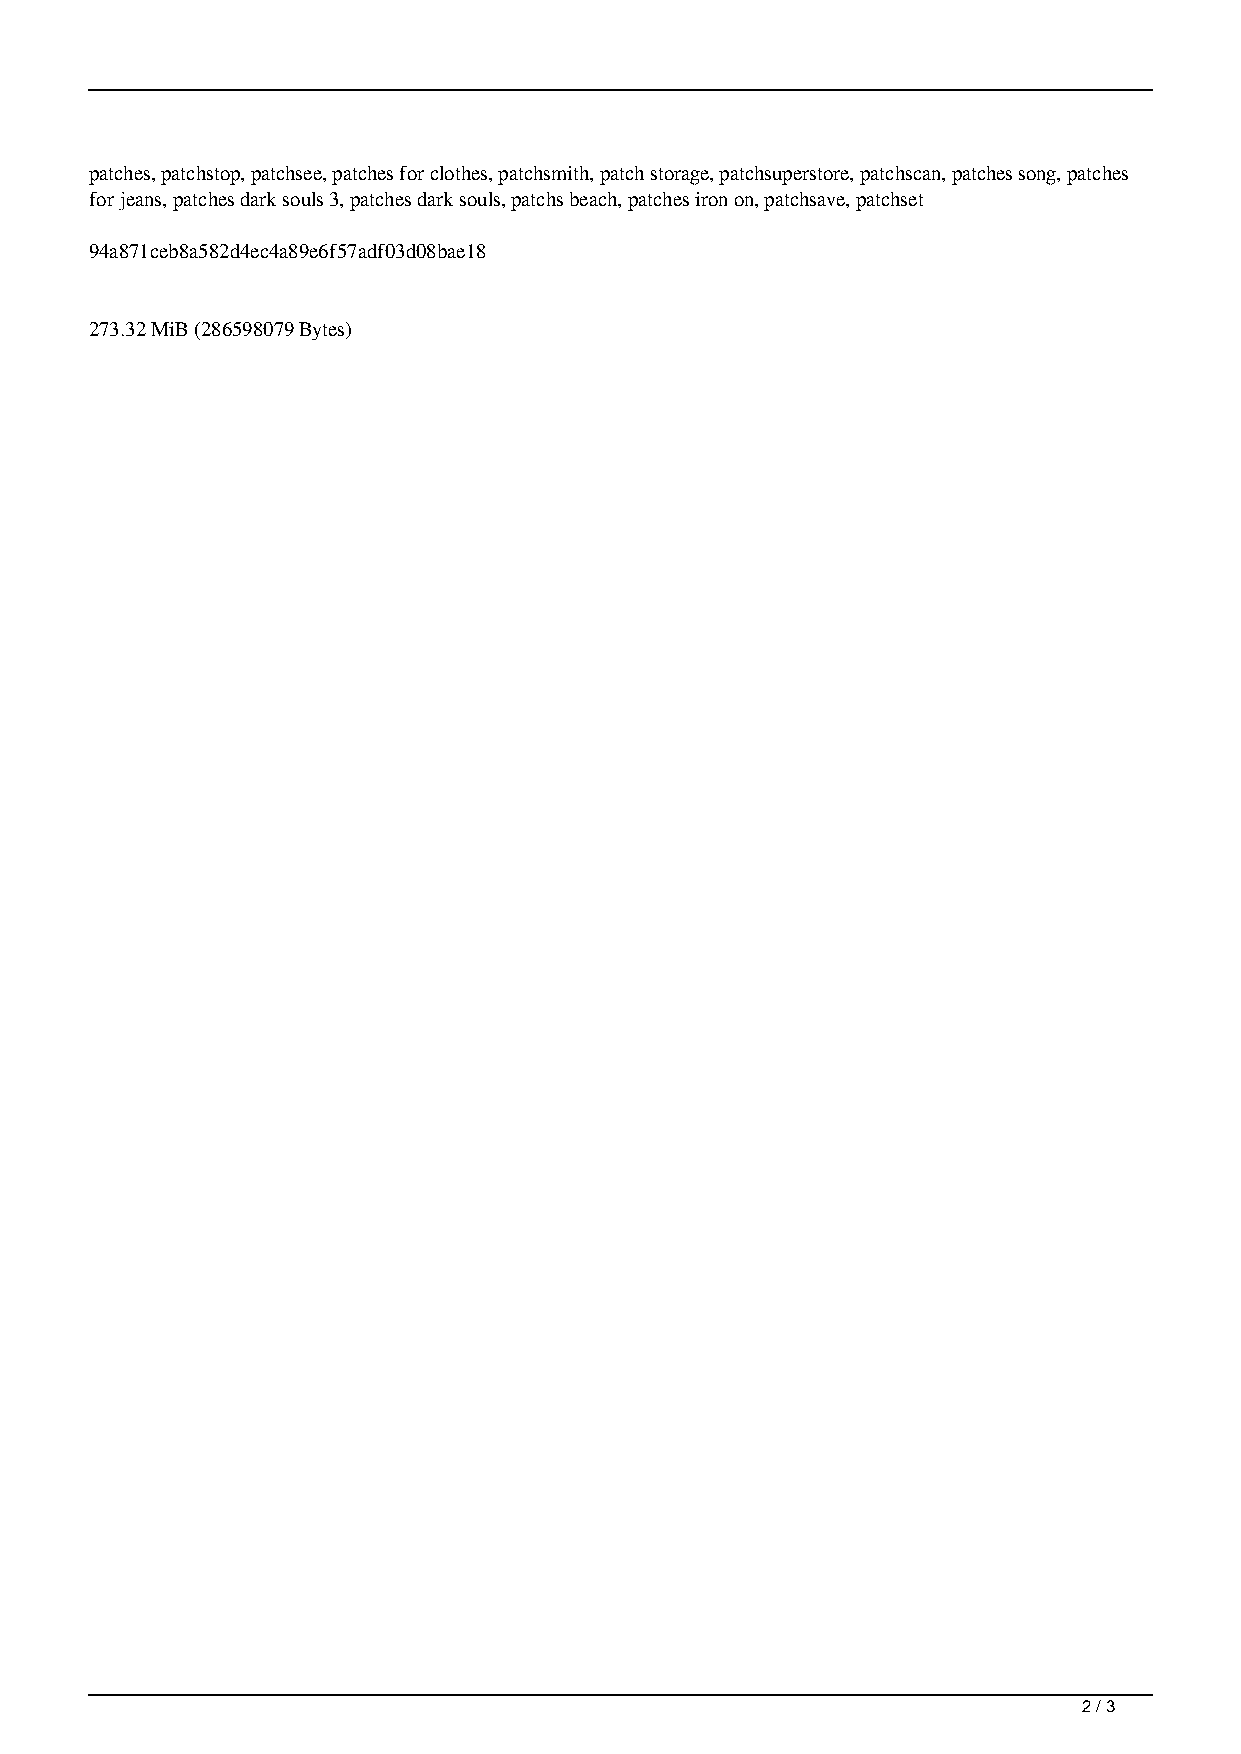
patches, patchstop, patchsee, patches for clothes, patchsmith, patch storage, patchsuperstore, patchscan, patches song, patches
 for jeans, patches dark souls 3, patches dark souls, patchs beach, patches iron on, patchsave, patchset
 94a871ceb8a582d4ec4a89e6f57adf03d08bae18
 273.32 MiB (286598079 Bytes)
 2 / 3